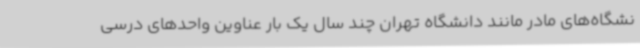
نشگاه‌های مادر مانند دانشگاه تهران چند سال یک بار عناوین واحدهای درسی